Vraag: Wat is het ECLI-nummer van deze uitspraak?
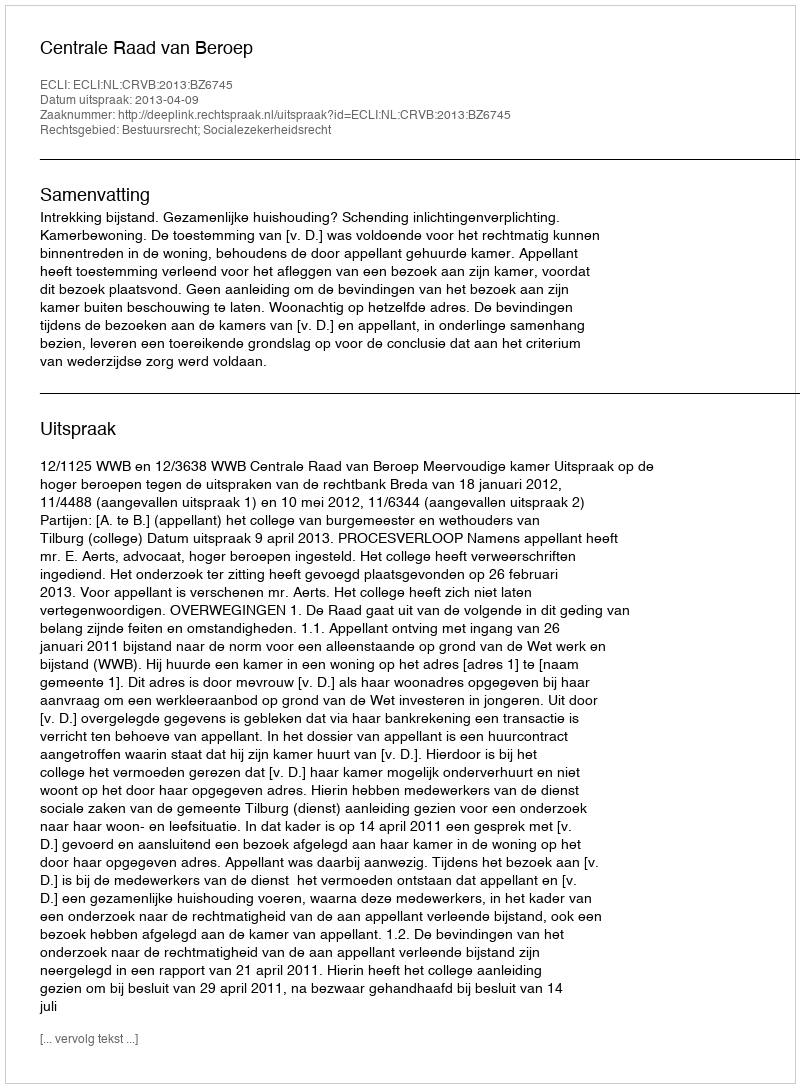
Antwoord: ECLI:NL:CRVB:2013:BZ6745